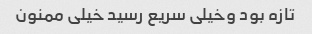
تازه بود وخیلی سریع رسید خیلی ممنون